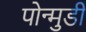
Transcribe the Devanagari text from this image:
पोन्मुडी